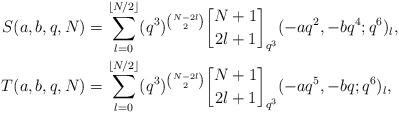
LaTeX: \begin{align*}S(a,b,q,N) &= \sum_{l=0}^{\lfloor N/2 \rfloor} (q^3)^{N-2l \choose 2} \genfrac{[}{]}{0pt}{}{N+1}{2l+1}_{q^3}(-aq^2,-bq^4;q^6)_{l},\\T(a,b,q,N) &= \sum_{l=0}^{\lfloor N/2 \rfloor} (q^3)^{N-2l \choose 2} \genfrac{[}{]}{0pt}{}{N+1}{2l+1}_{q^3}(-aq^5,-bq;q^6)_{l},\end{align*}